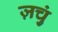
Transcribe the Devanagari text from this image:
ज़चुं